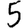
Digit: 5